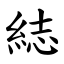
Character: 綕